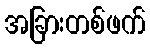
အခြားတစ်ဖက်